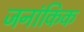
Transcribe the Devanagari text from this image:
जनांकिक